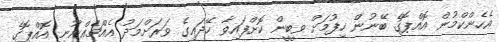
އެހެންކްމުން އޮއްޕޮގެ ބޭނުން ހިފުމަށް ވީބީން ކޮށްފައިވާ ހޭދައިގެ ވަރަށްމަދު އެއްޗެއްނޫނީ އޮއްޕޮގެ